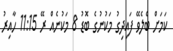
ކަމަށް ބެލެވޭ ފައިދިގު މަކުނުގެ ބޮޑު 8 މަކުނެއް ރޭ 11:15 ހާއިރު